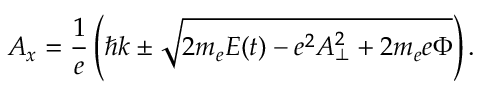
A _ { x } = \frac { 1 } { e } \left( \hbar k \pm \sqrt { 2 m _ { e } E ( t ) - e ^ { 2 } A _ { \bot } ^ { 2 } + 2 m _ { e } e \Phi } \right) .